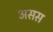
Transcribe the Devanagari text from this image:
असस